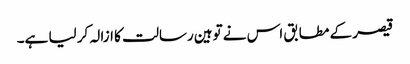
قیصر کے مطابق اس نے توہین رسالت کا ازالہ کر لیا ہے۔